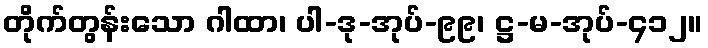
တိုက်တွန်းသော ဂါထာ၊ ပါ-ဒု-အုပ်-၉၉၊ ဋ္ဌ-မ-အုပ်-၄၁၂။